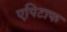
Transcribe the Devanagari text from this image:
एपिटाफ